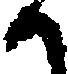
候